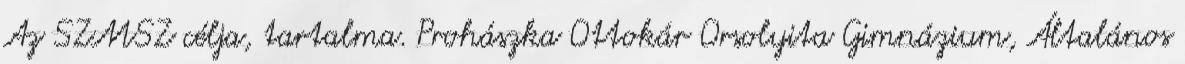
Az SZMSZ célja, tartalma. Prohászka Ottokár Orsolyita Gimnázium, Általános